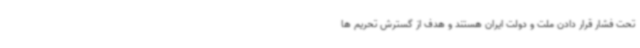
تحت فشار قرار دادن ملت و دولت ایران هستند و هدف از گسترش تحریم ها